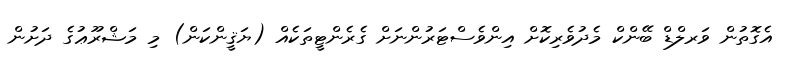
އެގޮތުން ވަރލްޑް ބޭންކް މެދުވެރިކޮށް އިންވެސްޓަރުންނަށް ގެރެންޓީތަކެއް (ޔަޤީންކަން) މި މަޝްރޫޢުގެ ދަށުން